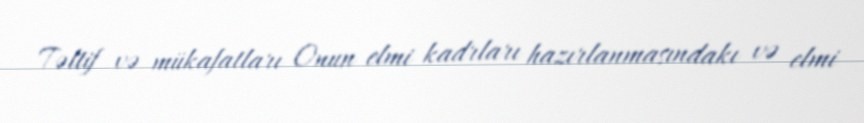
Təltif və mükafatları Onun elmi kadrları hazırlanmasındakı və elmi